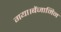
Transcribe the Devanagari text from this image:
गया।बेंजामिन